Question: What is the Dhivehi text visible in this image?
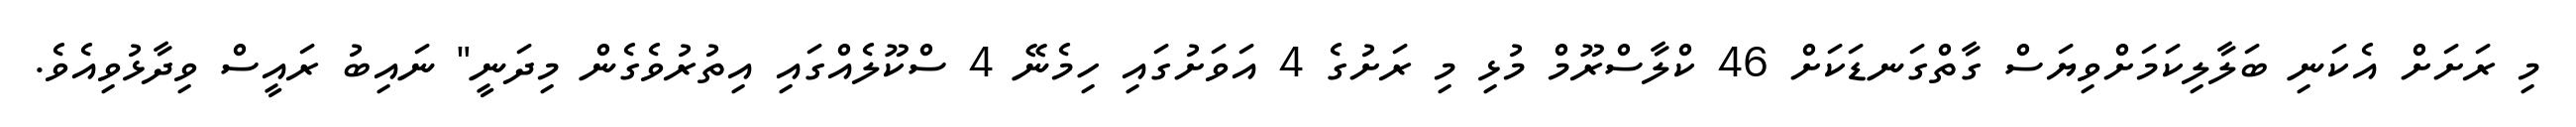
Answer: މި ރަށަށް އެކަނި ބަލާލިކަމަށްވިޔަސް ގާތްގަނޑަކަށް 46 ކްލާސްރޫމް މުޅި މި ރަށުގެ 4 އަވަށުގައި ހިމެނޭ 4 ސްކޫލެއްގައި އިތުރުވެގެން މިދަނީ" ނައިބު ރައީސް ވިދާޅުވިއެވެ.